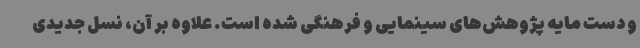
و دست مایه پژوهش‌های سینمایی و فرهنگی شده است. علاوه بر آن، نسل جدیدی